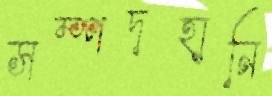
সম্পদহানি